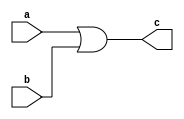
module Mod_OR(a,b,c);
    input a,b;
    output c;

    assign c = a |b ;
    
endmodule